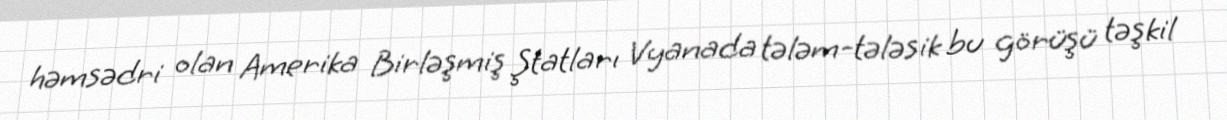
həmsədri olan Amerika Birləşmiş Ştatları Vyanada tələm-tələsik bu görüşü təşkil